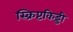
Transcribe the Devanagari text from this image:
स्क्रिप्टकिड्डी